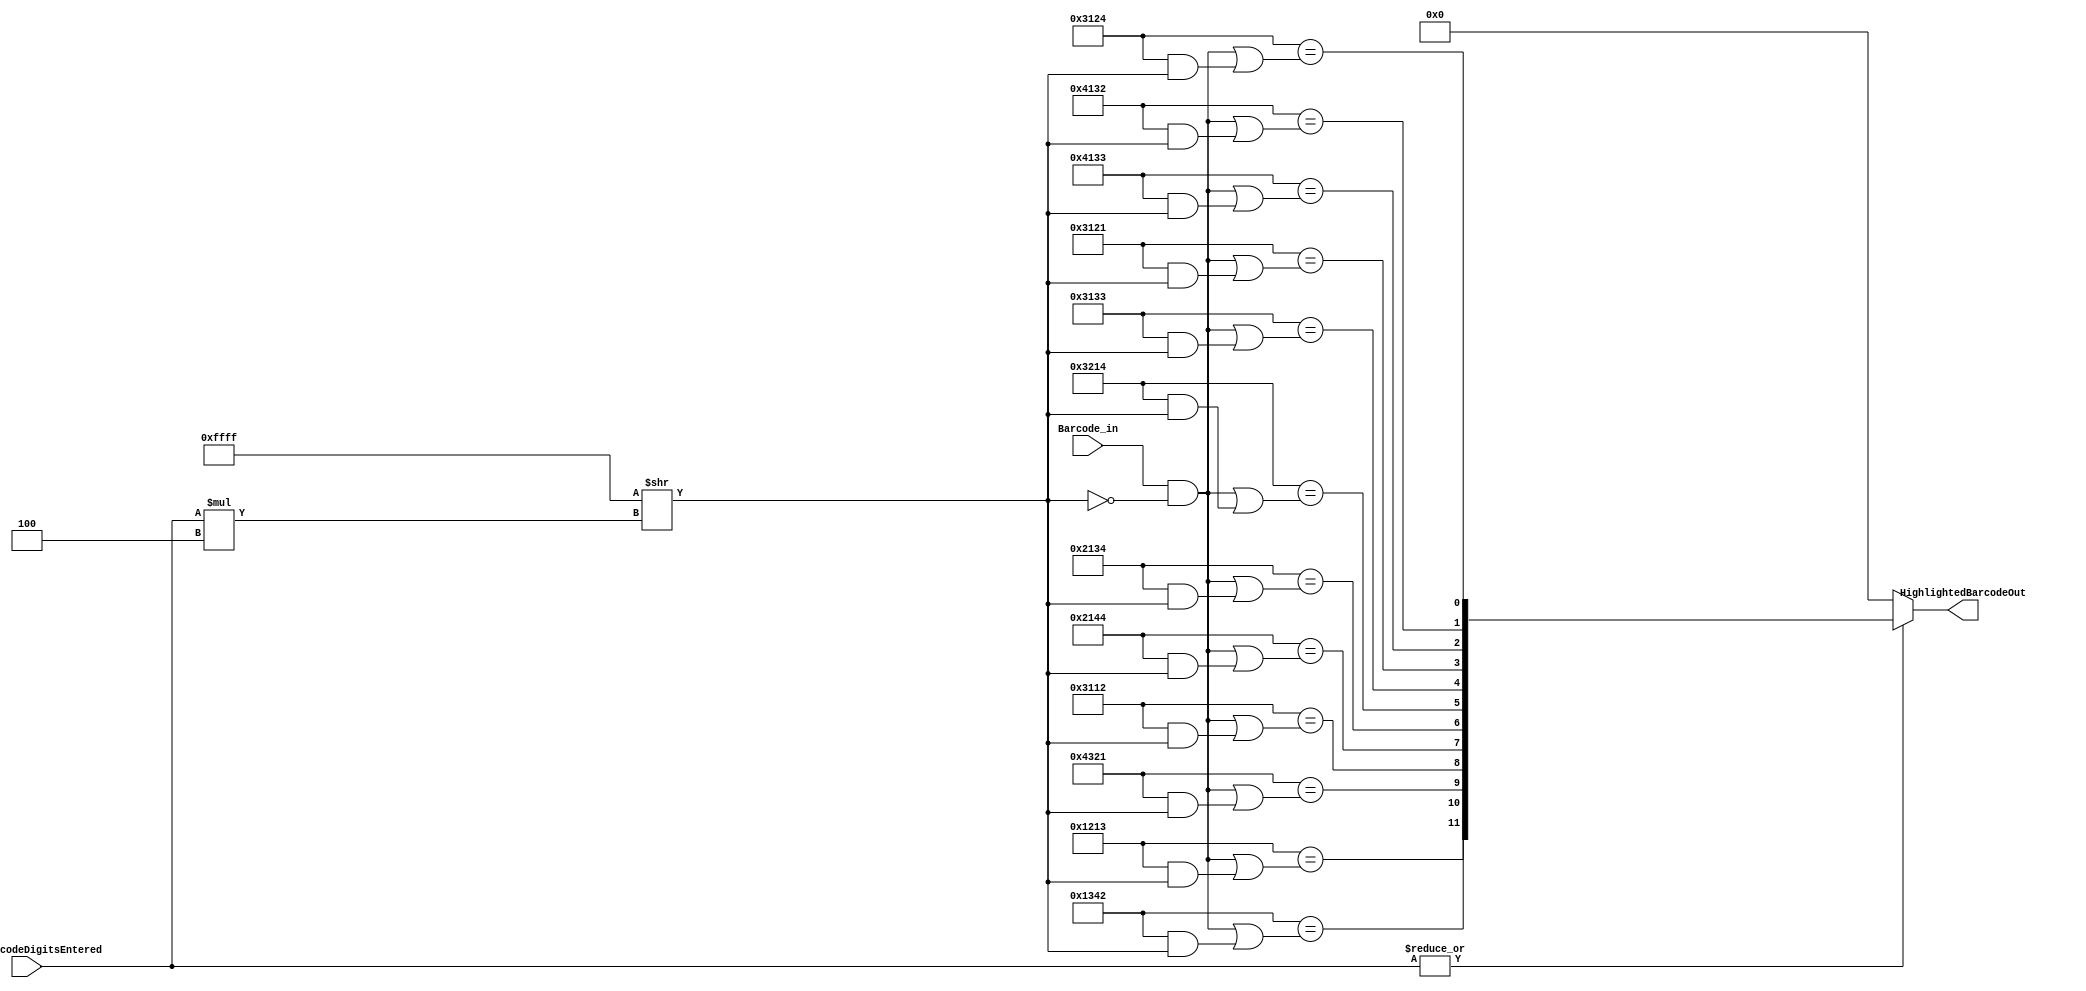
/*
 *		Module		:	Barcode Hover Controller Block
 * 	Description	: 	It determines matching Products
 *		Inputs		: 	*
 *						: 	*
 *						:	*
 *						:	*
 *						:	*
 *
 *		Outputs		: 	*
 *		Owner			: 	Ataberk KL
 */

module BarcodeHoverController(
	input  wire [15:0] 	Barcode_in,
	input  wire [2:0]	 	NumOfBarcodeDigitsEntered,
	
	output wire [11:0] 	HighlightedBarcodeOut
);


localparam Prdct_0_Barcode  = 16'h3124;
localparam Prdct_1_Barcode  = 16'h4132;
localparam Prdct_2_Barcode  = 16'h4133;
localparam Prdct_3_Barcode  = 16'h3121;
localparam Prdct_4_Barcode  = 16'h3133;
localparam Prdct_5_Barcode  = 16'h3214;
localparam Prdct_6_Barcode  = 16'h2134;
localparam Prdct_7_Barcode  = 16'h2144;
localparam Prdct_8_Barcode  = 16'h3112;
localparam Prdct_9_Barcode  = 16'h4321;
localparam Prdct_10_Barcode = 16'h1342;
localparam Prdct_11_Barcode = 16'h1213;

wire [15:0] Barcode_Extract;
wire [15:0] Prdct0_Extract, Prdct1_Extract, Prdct2_Extract, Prdct3_Extract;
wire [15:0] Prdct4_Extract, Prdct5_Extract, Prdct6_Extract, Prdct7_Extract;
wire [15:0] Prdct8_Extract, Prdct9_Extract, Prdct10_Extract, Prdct11_Extract;

wire Prdct0_Check, Prdct1_Check, Prdct2_Check, Prdct3_Check, Prdct4_Check, Prdct5_Check;
wire Prdct6_Check, Prdct7_Check, Prdct8_Check, Prdct9_Check, Prdct10_Check, Prdct11_Check;

/* Barcode Extract  / ex. h1210 when 3 digits (1,2,1) is entered */
assign Barcode_Extract		= ((Barcode_in)&(~(16'hFFFF>>(NumOfBarcodeDigitsEntered*4))));

/* Product Extract  / ex. h1213 when 3 digits (1,2,1) is entered -> h0003*/
assign Prdct0_Extract		= ((Prdct_0_Barcode)&(16'hFFFF>>(NumOfBarcodeDigitsEntered*4)));
assign Prdct0_Check			=  (Prdct_0_Barcode == (Barcode_Extract|Prdct0_Extract));

assign Prdct1_Extract		= ((Prdct_1_Barcode)&(16'hFFFF>>(NumOfBarcodeDigitsEntered*4)));
assign Prdct1_Check			=  (Prdct_1_Barcode == (Barcode_Extract|Prdct1_Extract));

assign Prdct2_Extract		= ((Prdct_2_Barcode)&(16'hFFFF>>(NumOfBarcodeDigitsEntered*4)));
assign Prdct2_Check			=  (Prdct_2_Barcode == (Barcode_Extract|Prdct2_Extract));

assign Prdct3_Extract		= ((Prdct_3_Barcode)&(16'hFFFF>>(NumOfBarcodeDigitsEntered*4)));
assign Prdct3_Check			=  (Prdct_3_Barcode == (Barcode_Extract|Prdct3_Extract));

assign Prdct4_Extract		= ((Prdct_4_Barcode)&(16'hFFFF>>(NumOfBarcodeDigitsEntered*4)));
assign Prdct4_Check			=  (Prdct_4_Barcode == (Barcode_Extract|Prdct4_Extract));

assign Prdct5_Extract		= ((Prdct_5_Barcode)&(16'hFFFF>>(NumOfBarcodeDigitsEntered*4)));
assign Prdct5_Check			=  (Prdct_5_Barcode == (Barcode_Extract|Prdct5_Extract));

assign Prdct6_Extract		= ((Prdct_6_Barcode)&(16'hFFFF>>(NumOfBarcodeDigitsEntered*4)));
assign Prdct6_Check			=  (Prdct_6_Barcode == (Barcode_Extract|Prdct6_Extract));

assign Prdct7_Extract		= ((Prdct_7_Barcode)&(16'hFFFF>>(NumOfBarcodeDigitsEntered*4)));
assign Prdct7_Check			=  (Prdct_7_Barcode == (Barcode_Extract|Prdct7_Extract));

assign Prdct8_Extract		= ((Prdct_8_Barcode)&(16'hFFFF>>(NumOfBarcodeDigitsEntered*4)));
assign Prdct8_Check			=  (Prdct_8_Barcode == (Barcode_Extract|Prdct8_Extract));

assign Prdct9_Extract		= ((Prdct_9_Barcode)&(16'hFFFF>>(NumOfBarcodeDigitsEntered*4)));
assign Prdct9_Check			=  (Prdct_9_Barcode == (Barcode_Extract|Prdct9_Extract));

assign Prdct10_Extract		= ((Prdct_10_Barcode)&(16'hFFFF>>(NumOfBarcodeDigitsEntered*4)));
assign Prdct10_Check		   =  (Prdct_10_Barcode == (Barcode_Extract|Prdct10_Extract));

assign Prdct11_Extract		= ((Prdct_11_Barcode)&(16'hFFFF>>(NumOfBarcodeDigitsEntered*4)));
assign Prdct11_Check			=  (Prdct_11_Barcode == (Barcode_Extract|Prdct11_Extract));


assign HighlightedBarcodeOut = (|NumOfBarcodeDigitsEntered)?{Prdct11_Check, Prdct10_Check, Prdct9_Check, Prdct8_Check, Prdct7_Check, Prdct6_Check, Prdct5_Check, Prdct4_Check, Prdct3_Check, Prdct2_Check, Prdct1_Check, Prdct0_Check}:12'b0;

endmodule